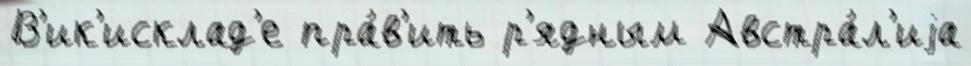
В'ик'исклад'е пра́в'ить р'ядным Австра́л'иjа